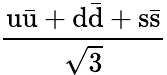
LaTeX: \frac{\mathrm{u{\bar{u}}+d{\bar{d}}+s{\bar{s}}}}{\sqrt{3}}